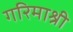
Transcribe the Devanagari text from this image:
गरिमाश्री